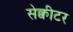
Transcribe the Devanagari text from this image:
सेक्वीटर